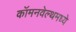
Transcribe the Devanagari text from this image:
कॉमनवेल्थमध्ये